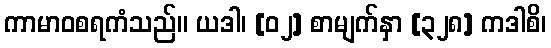
ကာမာဝစရကံသည်။ ယဒါ၊ [၀၂] စာမျက်နှာ [၃၂၈] ကဒါစိ၊